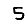
Digit: 5